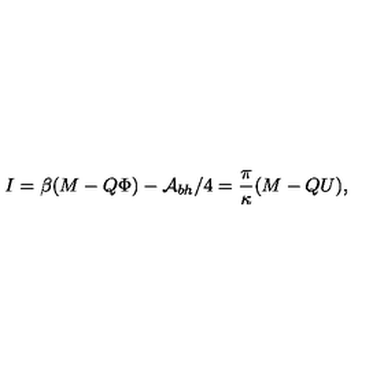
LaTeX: I = \beta ( M - Q \Phi ) - { \cal A } _ { b h } / 4 = \frac { \pi } { \kappa } ( M - Q U ) ,